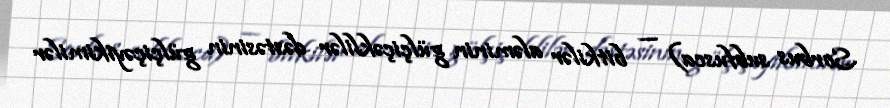
Sorbus subfusca) — bitkilər aləminin gülçiçəklilər dəstəsinin gülçiçəyikimilər